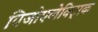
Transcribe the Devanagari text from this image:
पिजोएलेक्ट्रिक